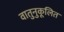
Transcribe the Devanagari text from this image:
वातुनुकूलित